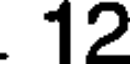
12